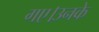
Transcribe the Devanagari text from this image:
गए।उनके